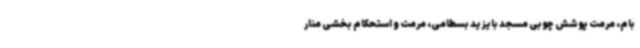
بام، مرمت پوشش چوبی مسجد بایزید بسطامی، مرمت و استحکام بخشی منار